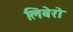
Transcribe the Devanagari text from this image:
लिबेरो